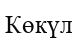
Көкүл